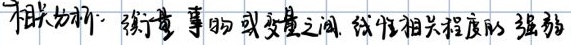
相关分析：衡量事物或变量之间线性相关程度的强弱